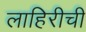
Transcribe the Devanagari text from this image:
लाहिरीची